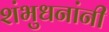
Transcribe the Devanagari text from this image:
शंभुधनांनी